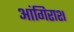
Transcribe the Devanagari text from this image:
आंगिराश